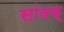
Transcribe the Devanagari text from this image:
सांवक्